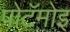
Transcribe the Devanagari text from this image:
पोटॅमोइ